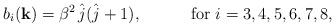
\begin{align*}b_{i}({\bf k})=\beta^{2}\,\hat{j}(\hat{j}+1),\quad\quad\quad \hbox{for $i=3,4,5,6,7,8$},\end{align*}